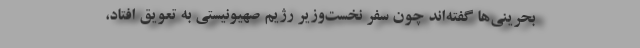
بحرینی‌ها گفته‌اند چون سفر نخست‌وزیر رژیم صهیونیستی به تعویق افتاد،